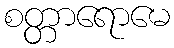
စတ္တာရောမေ